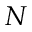
N